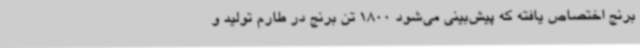
برنج اختصاص یافته که پیش‌بینی می‌شود 1800 تن برنج در طارم تولید و